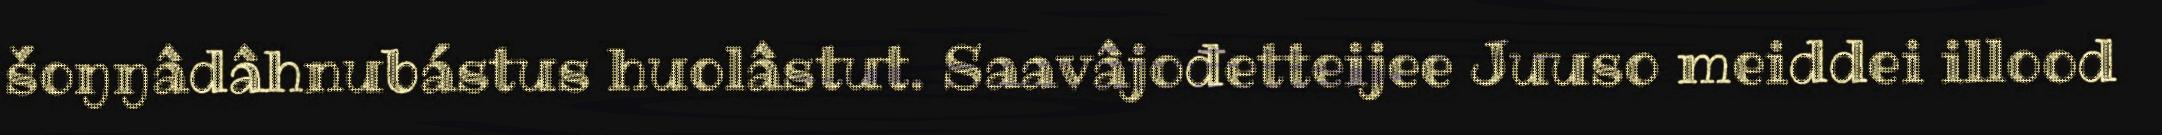
šoŋŋâdâhnubástus huolâstut. Saavâjođetteijee Juuso meiddei illood